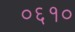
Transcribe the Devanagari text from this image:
०६१०